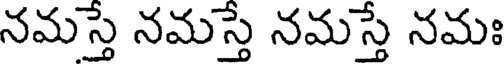
నమస్తే నమస్తే నమస్తే నమః